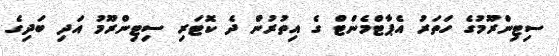
ސިޓިންރޫމުގެ ހަތަރު އެޕާޓްމެންޓް ގެ އިތުރުން ދެ ކޮޓަރި ސިޓިންރޫމު އަދި ބަދިގެ